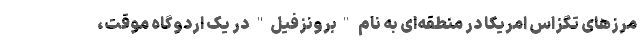
مرزهای تگزاس امریکا در منطقه‌ای به نام "برونزفیل" در یک اردوگاه موقت،